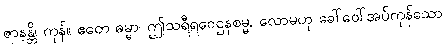
ဇာနန္တိ၊ ကုန်။ ဧတေ ဓမ္မာ၊ ဤသရီရဝေဌနစမ္မ, လောမဟု ခေါ်ဝေါ်အပ်ကုန်သော